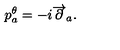
p _ { a } ^ { \theta } = - i \overrightarrow { \partial } _ { a } .